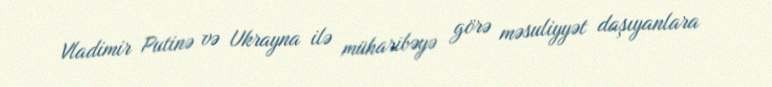
Vladimir Putinə və Ukrayna ilə müharibəyə görə məsuliyyət daşıyanlara